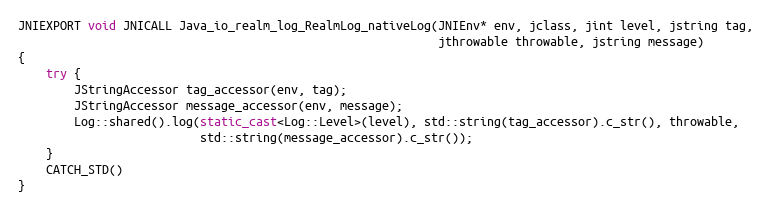
Language: C++
JNIEXPORT void JNICALL Java_io_realm_log_RealmLog_nativeLog(JNIEnv* env, jclass, jint level, jstring tag,
                                                            jthrowable throwable, jstring message)
{
    try {
        JStringAccessor tag_accessor(env, tag);
        JStringAccessor message_accessor(env, message);
        Log::shared().log(static_cast<Log::Level>(level), std::string(tag_accessor).c_str(), throwable,
                          std::string(message_accessor).c_str());
    }
    CATCH_STD()
}